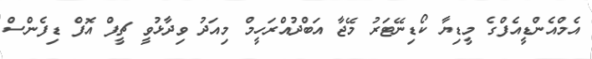
އެމްއެންޑީއެފްގެ މީޑިޔާ ކޯޑިނޭޓަރު މޭޖާ އަބްދުއްރަހީމް މިއަދު ވިދާޅުވީ ޗީފް އޮފް ޑިފެންސް